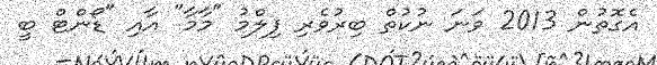
އެގޮތުން 2013 ވަނަ ނުކުތް ބިރުވެރި ފިލްމު "މާމާ" އާއި "ޑޯންޓް ބީ